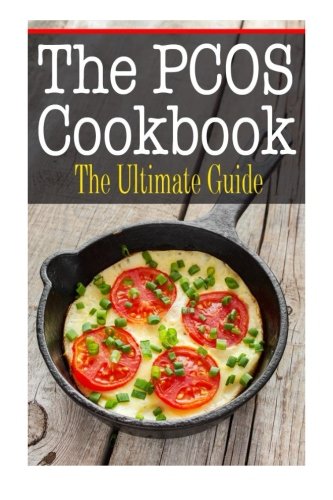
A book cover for The PCOS Cookbook: The Ultimate Guide; Kimberly Hansan; Cookbooks, Food & Wine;